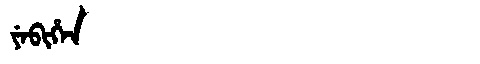
Manchu: ᠶᡝᠪᡳᡥᡝᠨ
Romanization: YEBIHEN